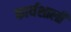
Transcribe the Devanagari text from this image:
कार्यशाली